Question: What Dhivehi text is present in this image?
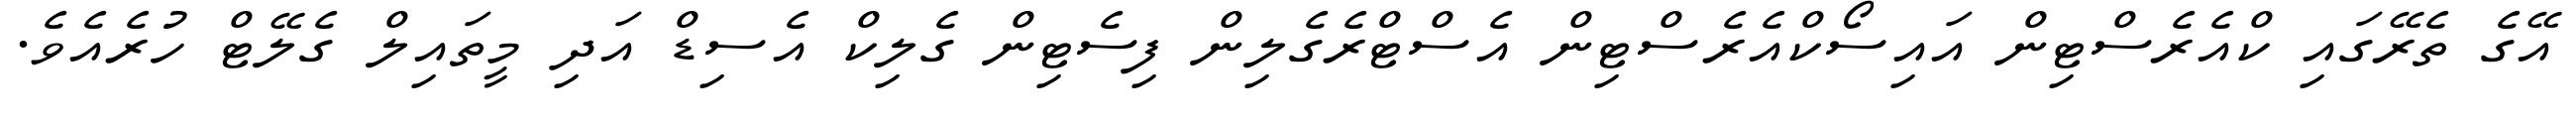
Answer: އޭގެ ތެރޭގައި ކްއެރެސްޓިން އައިސޯކްއެރެސްޓިން އެސްޓްރެގެލިން ފިސެޓިން ގެލިކް އެސިޑް އަދި މީތައިލް ގެލޭޓް ހުރެއެވެ.